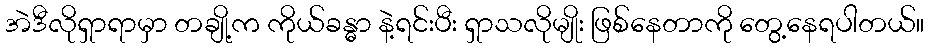
အဲဒီလိုရှာရာမှာ တချို့က ကိုယ်ခန္ဓာ နဲ့ရင်းပီး ရှာသလိုမျိုး ဖြစ်နေတာကို တွေ့နေရပါတယ်။